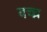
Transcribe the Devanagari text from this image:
बच्च्न